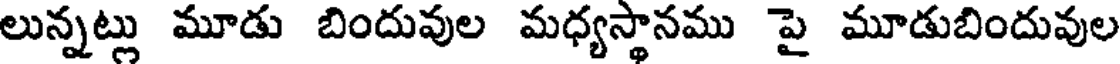
లున్నట్లు మూడు బిందువుల మధ్యస్థానము పై మూడుబిందువుల